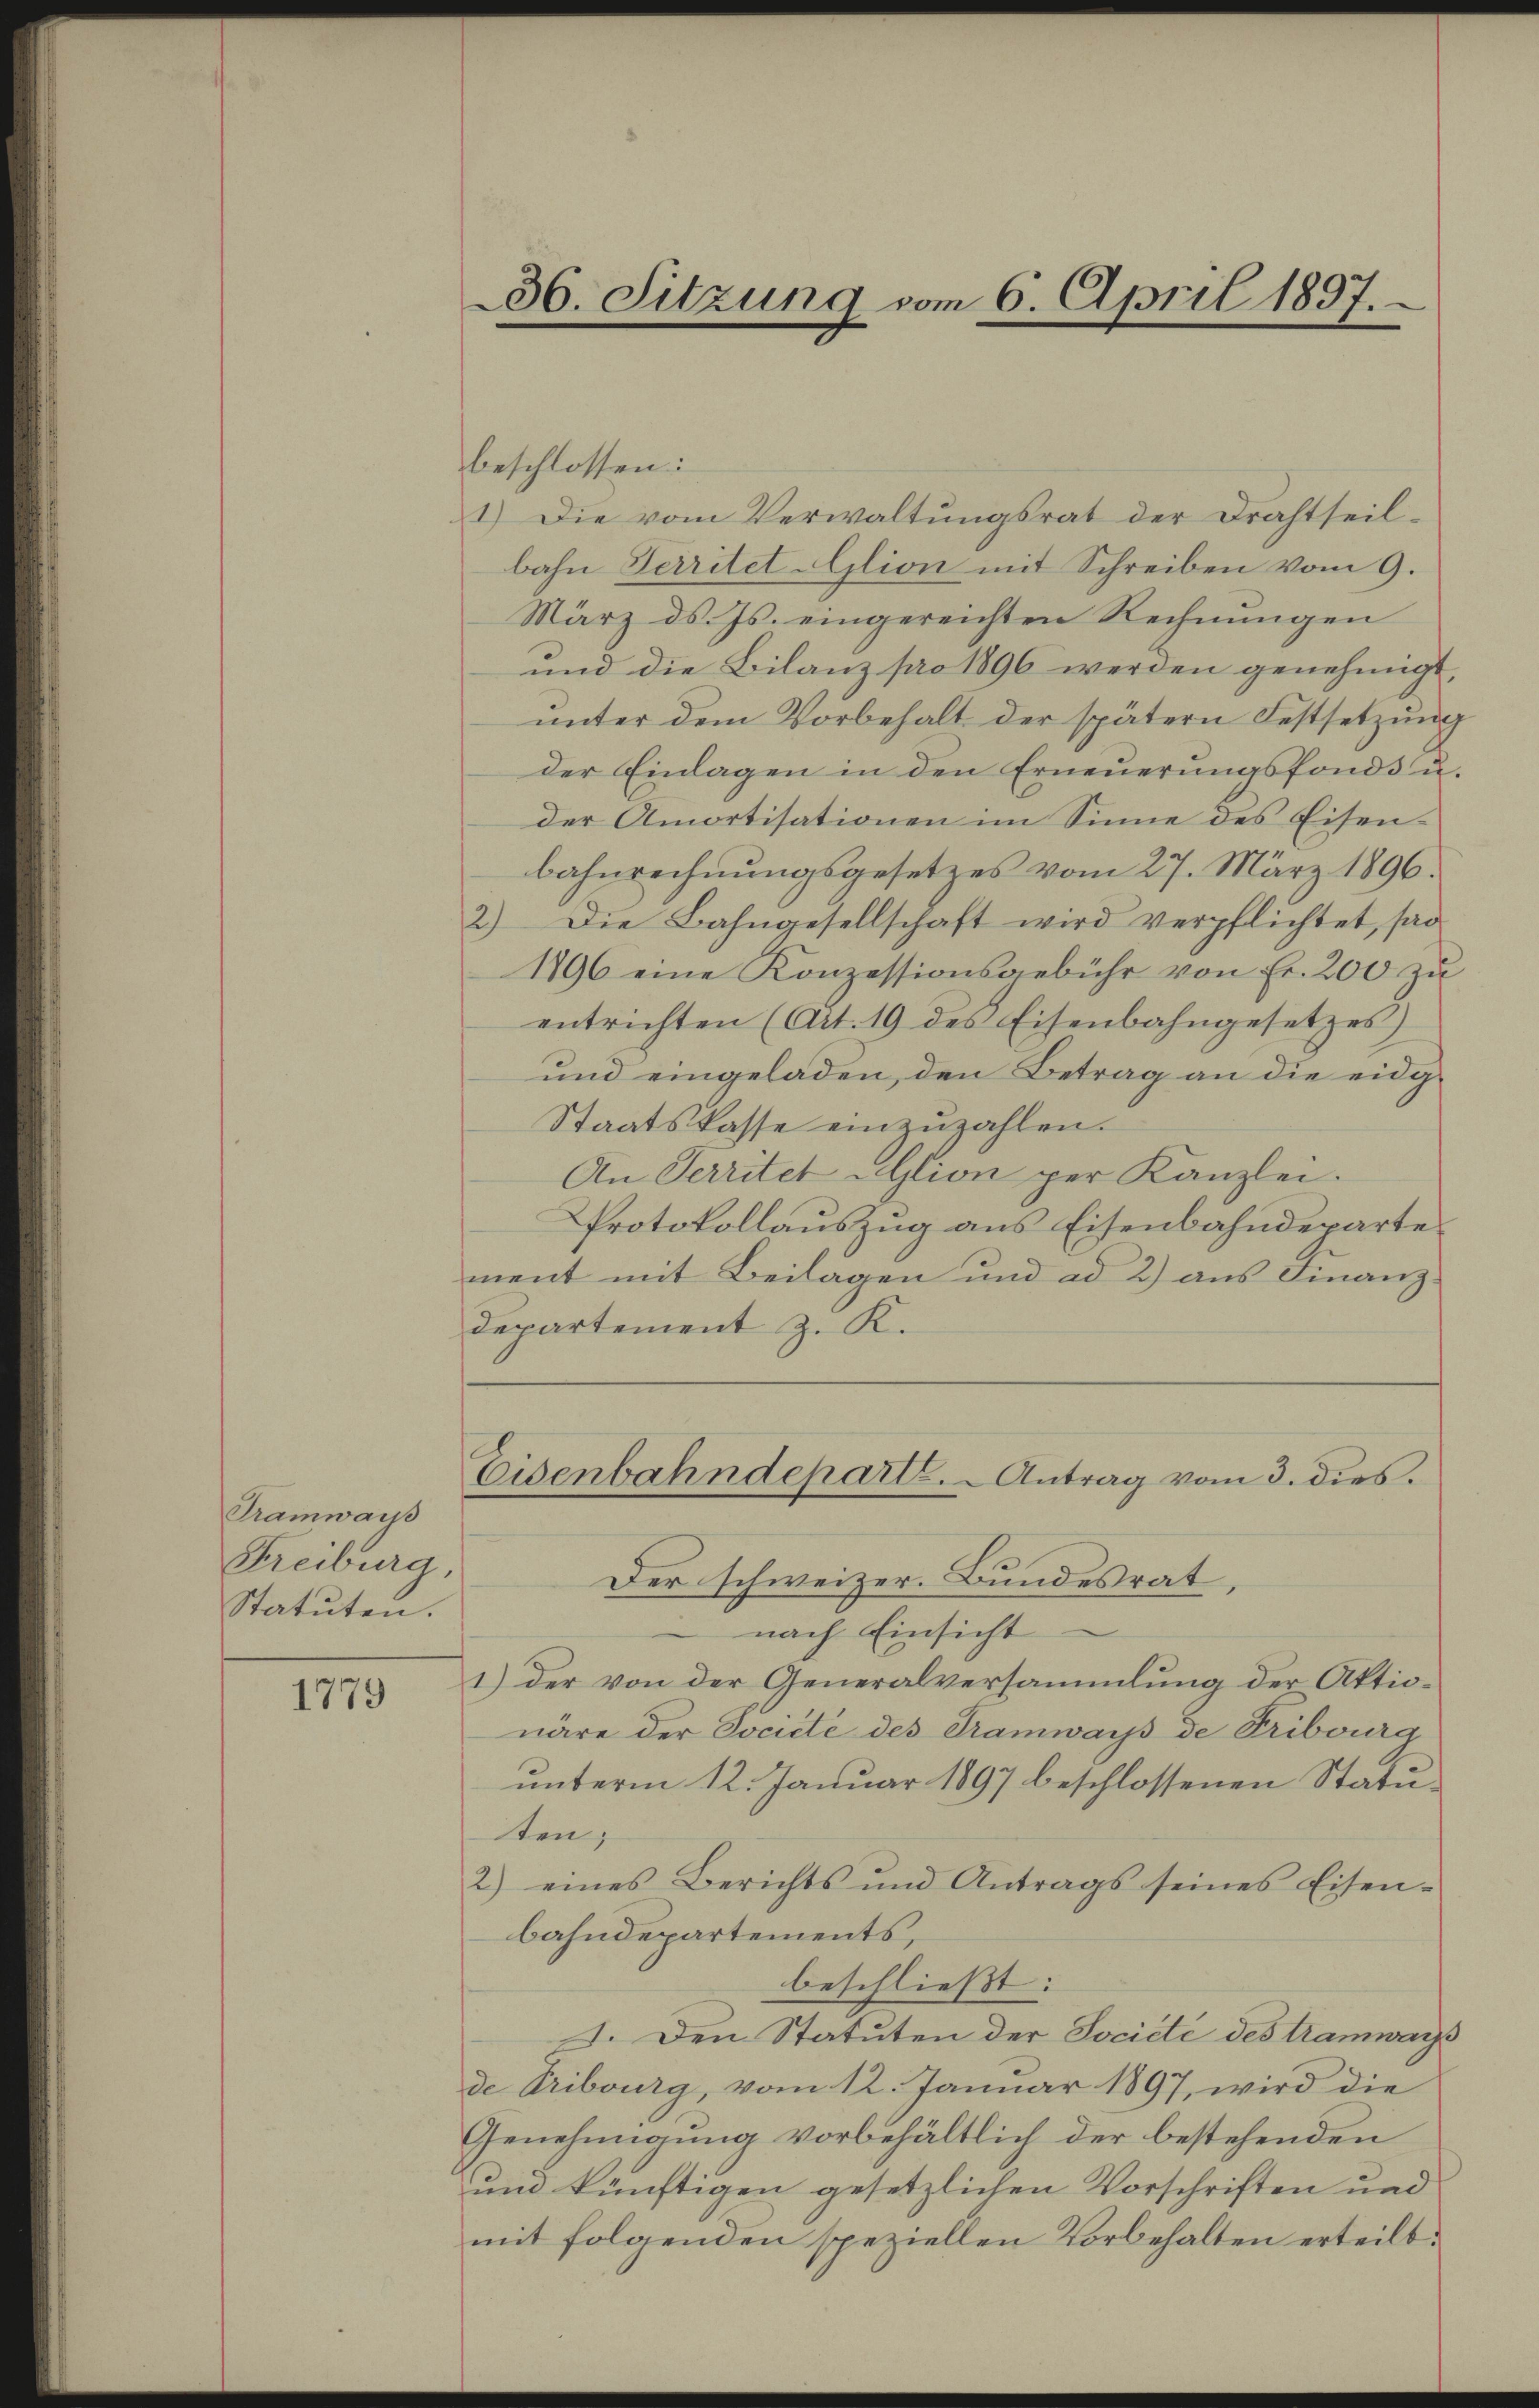
Tramwaiss
Freiburg,
Statuten.

1779

ment mit Beilagen und ad 2) aus Finanz¬
Departement z. K.

36. Sitzung vom 6. April 1897.

beschlossen:
1.) Die vom Verwaltungsrat der Drahtseil-
bahn Territet Alion mit Schreiben vom 9.
März d. Js. eingereichten Rechnungen
und die Bilanz pro 1896 werden genehmigt,
ŭnter dem Vorbehalt der spätern Festsetzŭng
der Einlagen in den Erneŭerŭngsfonds u
der Amortisationen im Sinne des Eisenbahnrechnungsgesetzes vom 27. März 1896.
2) Die Bahngesellschaft wird verpflichtet, sod
1896 eine Konzessionsgebühr von Fr. 200 zŭ
entrichten (Art. 19 des Eisenbahngesetzes)
und eingeladen, den Betrag an die eidg¬
Staatskasse einzuzahlen.
An Territet AGtion per Kanzlei.
Protokollauszug aus Eisenbahndeparte
Eisenbahndepart. - Antrag vom 3. dies.
Der schweizer. Bundesrat.
nach Einsicht
1) der von der Generalversammlung der Aktionäre der Société des Tramways de Fribourg
unterm 12. Januar 1897 beschlossenen Statuten;
2) eines Berichts und Antrags seines Eisen-
bahndepartements,
beschließt:
I. Den Statuten der Société des tramwarze
de Tribourg, vom 12. Januar 1897, wird die
Genehmigung vorbehältlich der bestehenden
und künftigen gesetzlichen Vorschriften und
mit folgenden speziellen Vorbehalten erteilt.